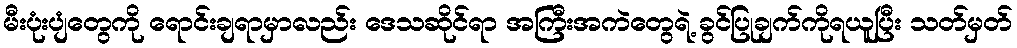
မီးပုံးပျံတွေကို ရောင်းချရာမှာလည်း ဒေသဆိုင်ရာ အကြီးအကဲတွေရဲ့ ခွင်ပြုချက်ကိုရယူပြီး သတ်မှတ်